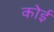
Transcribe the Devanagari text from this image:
कोई